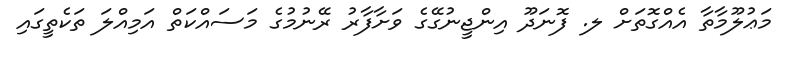
މަޢުލޫމާތާ އެއްގޮތަށް ލ. ފޮނަދޫ އިންޖީނުގޭގެ ވަށާފާރު ރޭނުމުގެ މަސައްކަތް އަމިއްލަ ތަކެތީގައި